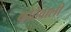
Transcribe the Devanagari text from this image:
कोठेवाली